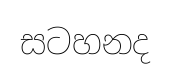
සටහනද